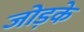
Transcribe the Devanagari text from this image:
जोड़के